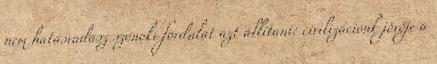
nem hatásvadász szónoki fordulat azt állítani: civilizációnk jövője a